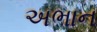
અભાન